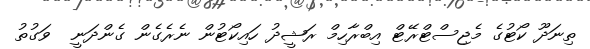
ތިނަދޫ ކޯޓުގެ މެޖިސްޓްރޭޓް އިބްރާހިމް ރަޝީދު ހައިކޯޓުން ނެރެގެން ގެންދަނީ  ވަގުތު